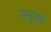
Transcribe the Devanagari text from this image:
स्तुतो